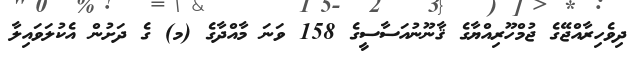
ދިވެހިރާއްޖޭގެ ޖުމްހޫރިއްޔާގެ ޤާނޫނުއަސާސީގެ 158 ވަނަ މާއްދާގެ (މ) ގެ ދަށުން އެކުލަވައިލާ